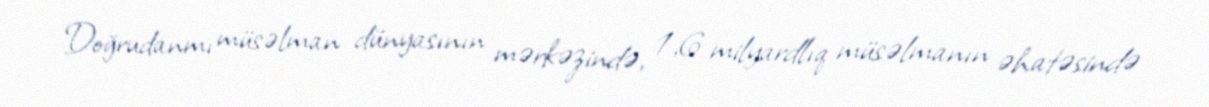
Doğrudanmı müsəlman dünyasının mərkəzində, 1,6 milyardlıq müsəlmanın əhatəsində